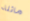
مائلة